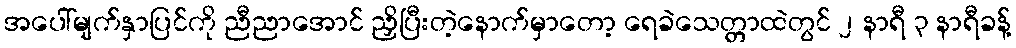
အပေါ်မျက်နှာပြင်ကို ညီညာအောင် ညှိပြီးတဲ့နောက်မှာတော့ ရေခဲသေတ္တာထဲတွင် ၂ နာရီ ၃ နာရီခန့်